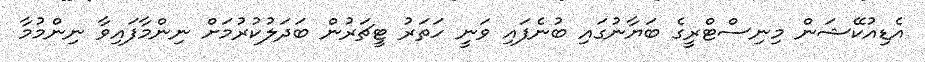
އެޑިއުކޭޝަން މިނިސްޓްރީގެ ބަޔާނުގައި ބުނެފައި ވަނީ ހަތަރު ޓީޗަރުން ބަދަލުކުރުމަށް ނިންމާފައިވާ ނިންމުމާ